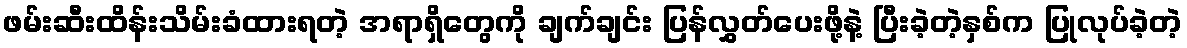
ဖမ်းဆီးထိန်းသိမ်းခံထားရတဲ့ အရာရှိတွေကို ချက်ချင်း ပြန်လွှတ်ပေးဖို့နဲ့ ပြီးခဲ့တဲ့နှစ်က ပြုလုပ်ခဲ့တဲ့